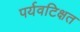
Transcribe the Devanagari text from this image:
पर्यवटिक्षत